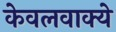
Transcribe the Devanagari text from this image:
केवलवाक्ये